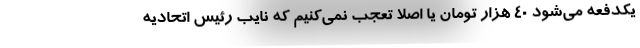
یکدفعه می‌شود 40 هزار تومان یا اصلا تعجب نمی‌کنیم که نایب رئیس اتحادیه